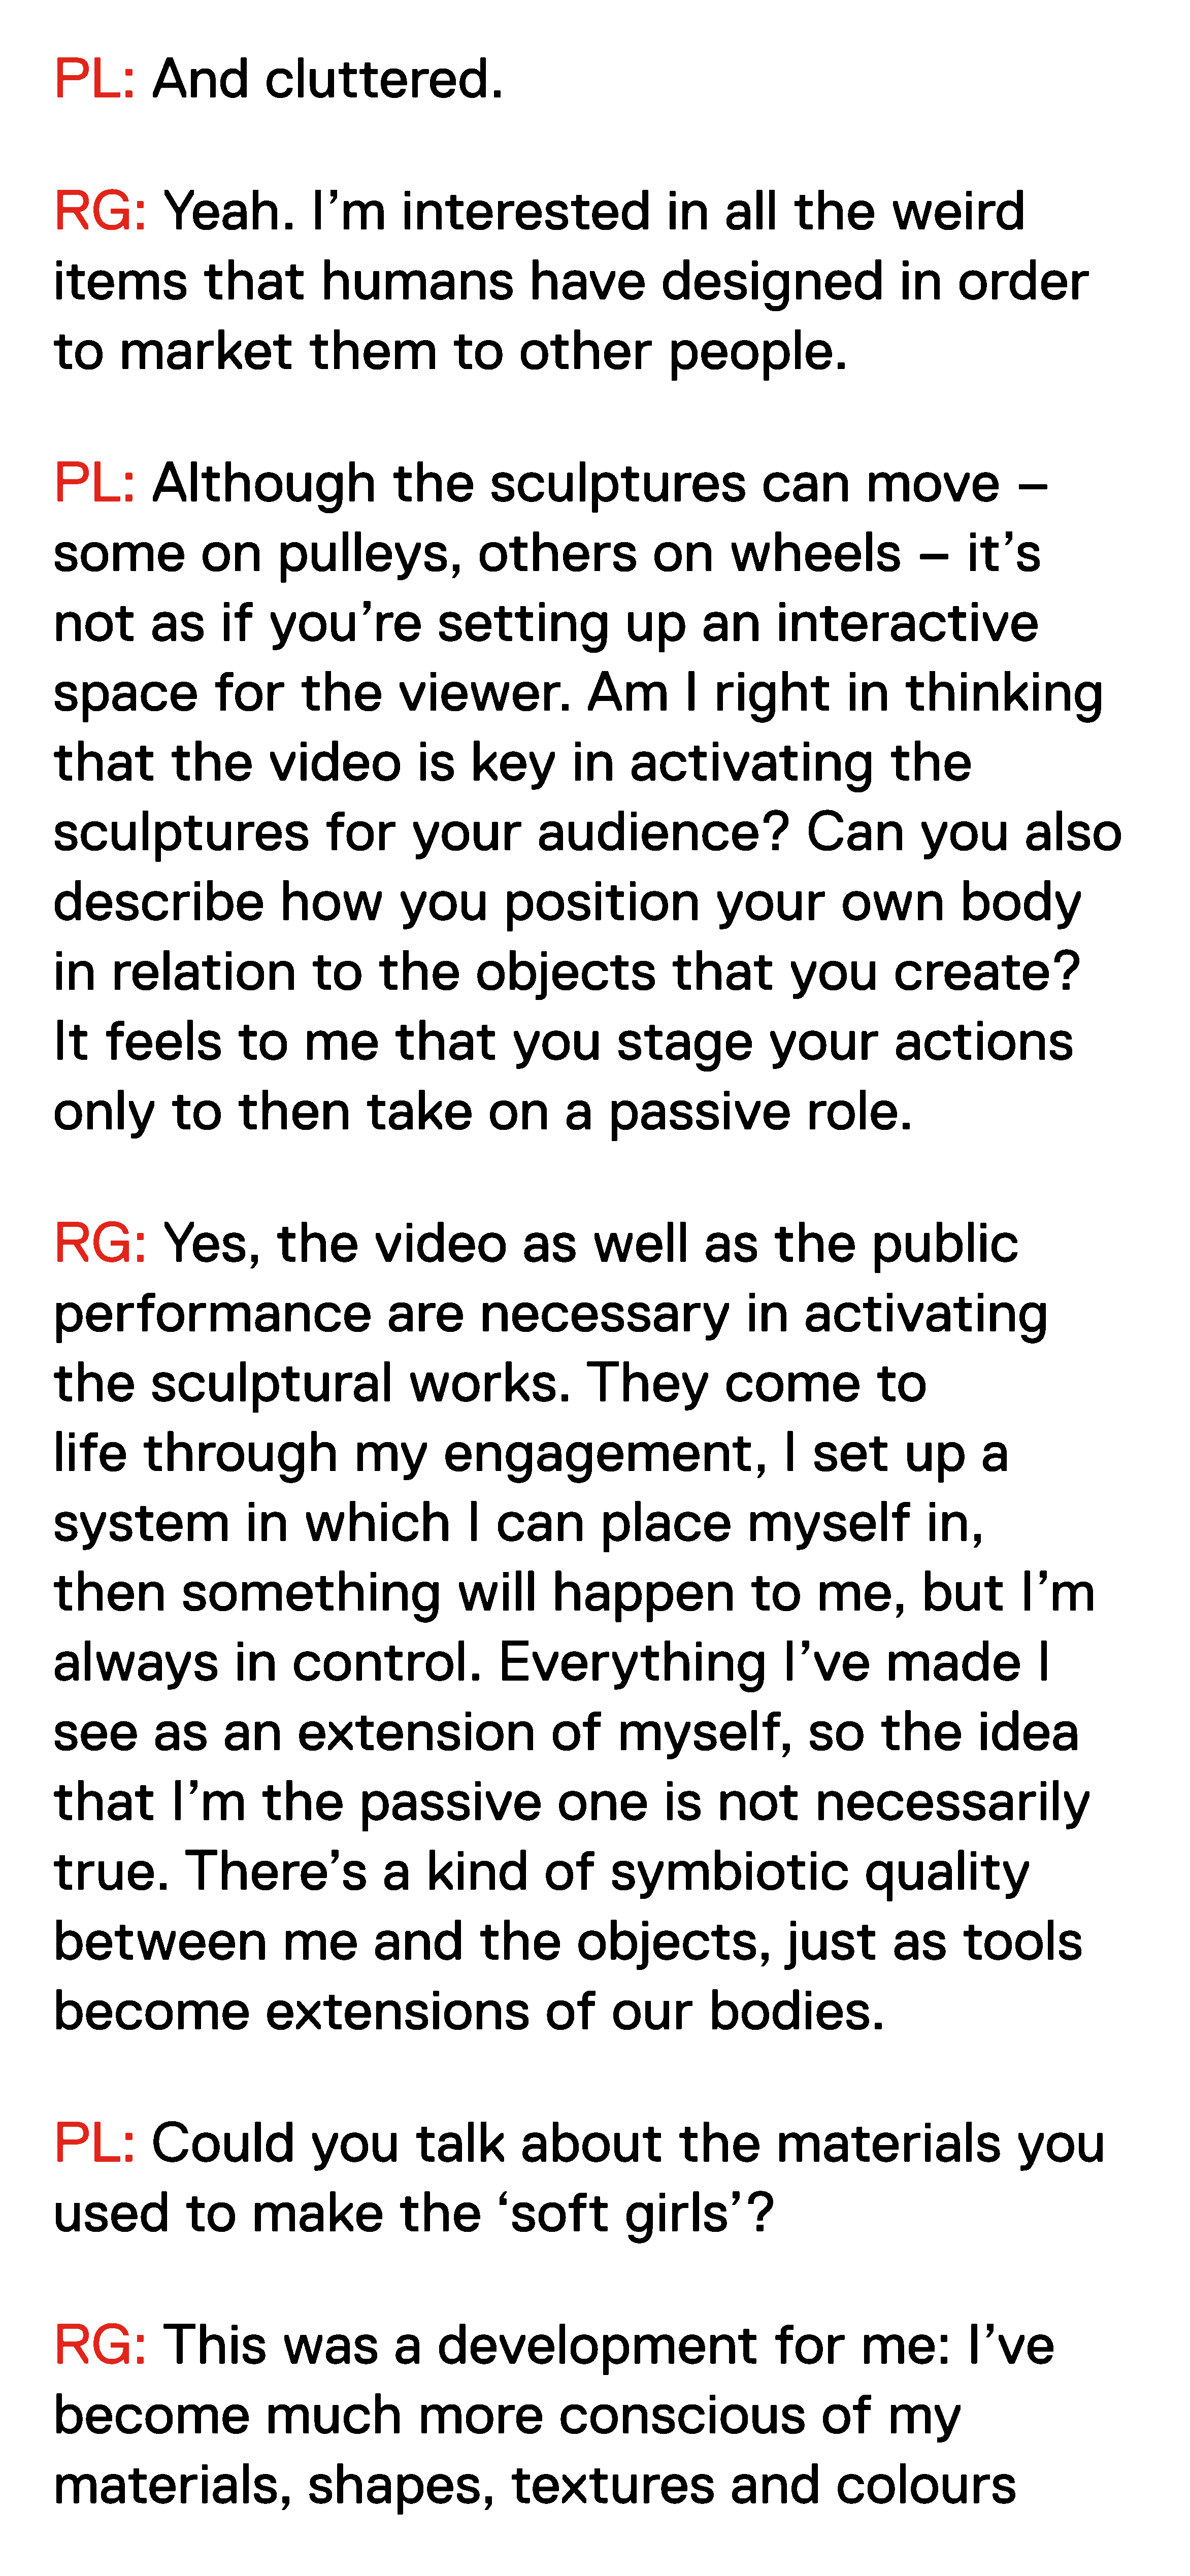
PL:          And            cluttered.
 RG:           Yeah.              I’m         interested                         in     all      the          weird
 items              that            humans                     have             designed                       in      order
 to       market                  them               to       other              people.
 PL:          Although                       the          sculptures                         can           move               –
 some               on        pulleys,                  others                 on        wheels                   –     it’s
 not          as       if    you’re                setting                  up        an       interactive
 space                for        the          viewer.                  Am          I   right            in      thinking
 that           the          video              is     key           in     activating                        the
 sculptures                         for         your            audience?                          Can            you           also
 describe                     how             you           position                   your             own            body
 in     relation                   to      the          objects                   that           you           create?
 It     feels            to       me         that            you          stage               your             actions
 only           to       then             take            on        a    passive                   role.
 RG:           Yes,           the          video              as       well           as       the          public
 performance                                are          necessary                         in      activating
 the          sculptural                       works.                 They              come                to
 life        through                    my          engagement,                                 I   set         up        a
 system                   in      which                I   can          place              myself                  in,
 then             something                           will        happen                    to      me,           but          I’m
 always                  in     control.                   Everything                           I’ve         made                I
 see          as       an        extension                        of      myself,                  so        the         idea
 that           I’m         the          passive                   one           is     not         necessarily
 true.            There’s                   a     kind           of       symbiotic                        quality
 between                       me          and          the          objects,                    just         as       tools
 become                      extensions                          of       our         bodies.
 PL:          Could               you           talk          about               the          materials                       you
 used             to       make               the          ‘soft           girls’?
 RG:           This            was           a     development                                 for        me:           I’ve
 become                      much               more               conscious                         of       my
 materials,                       shapes,                    textures                    and           colours